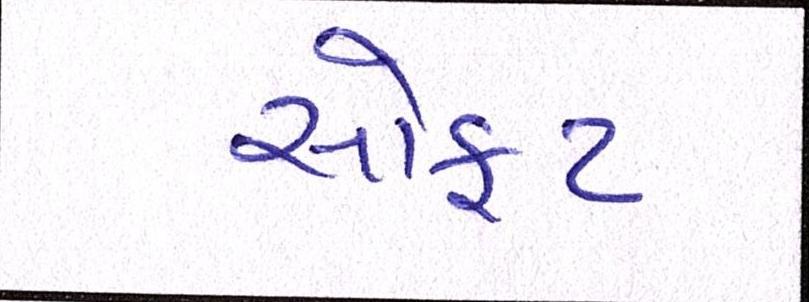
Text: સોફ્ટ